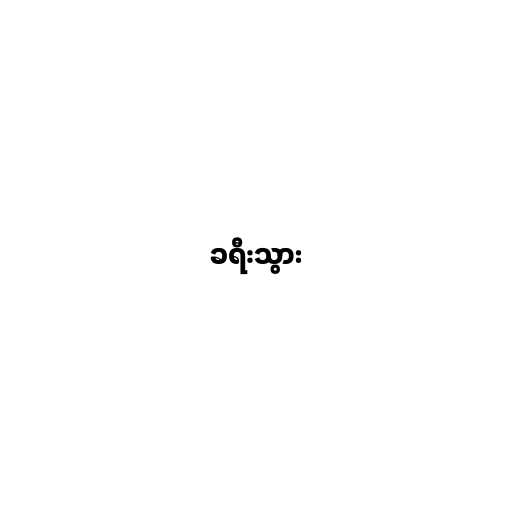
ခရီးသွား